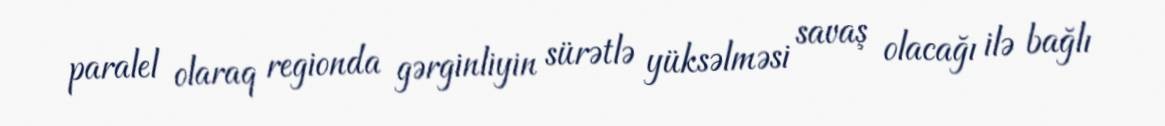
paralel olaraq regionda gərginliyin sürətlə yüksəlməsi savaş olacağı ilə bağlı